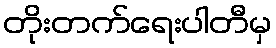
တိုးတက်ရေးပါတီမှ